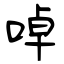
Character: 啅